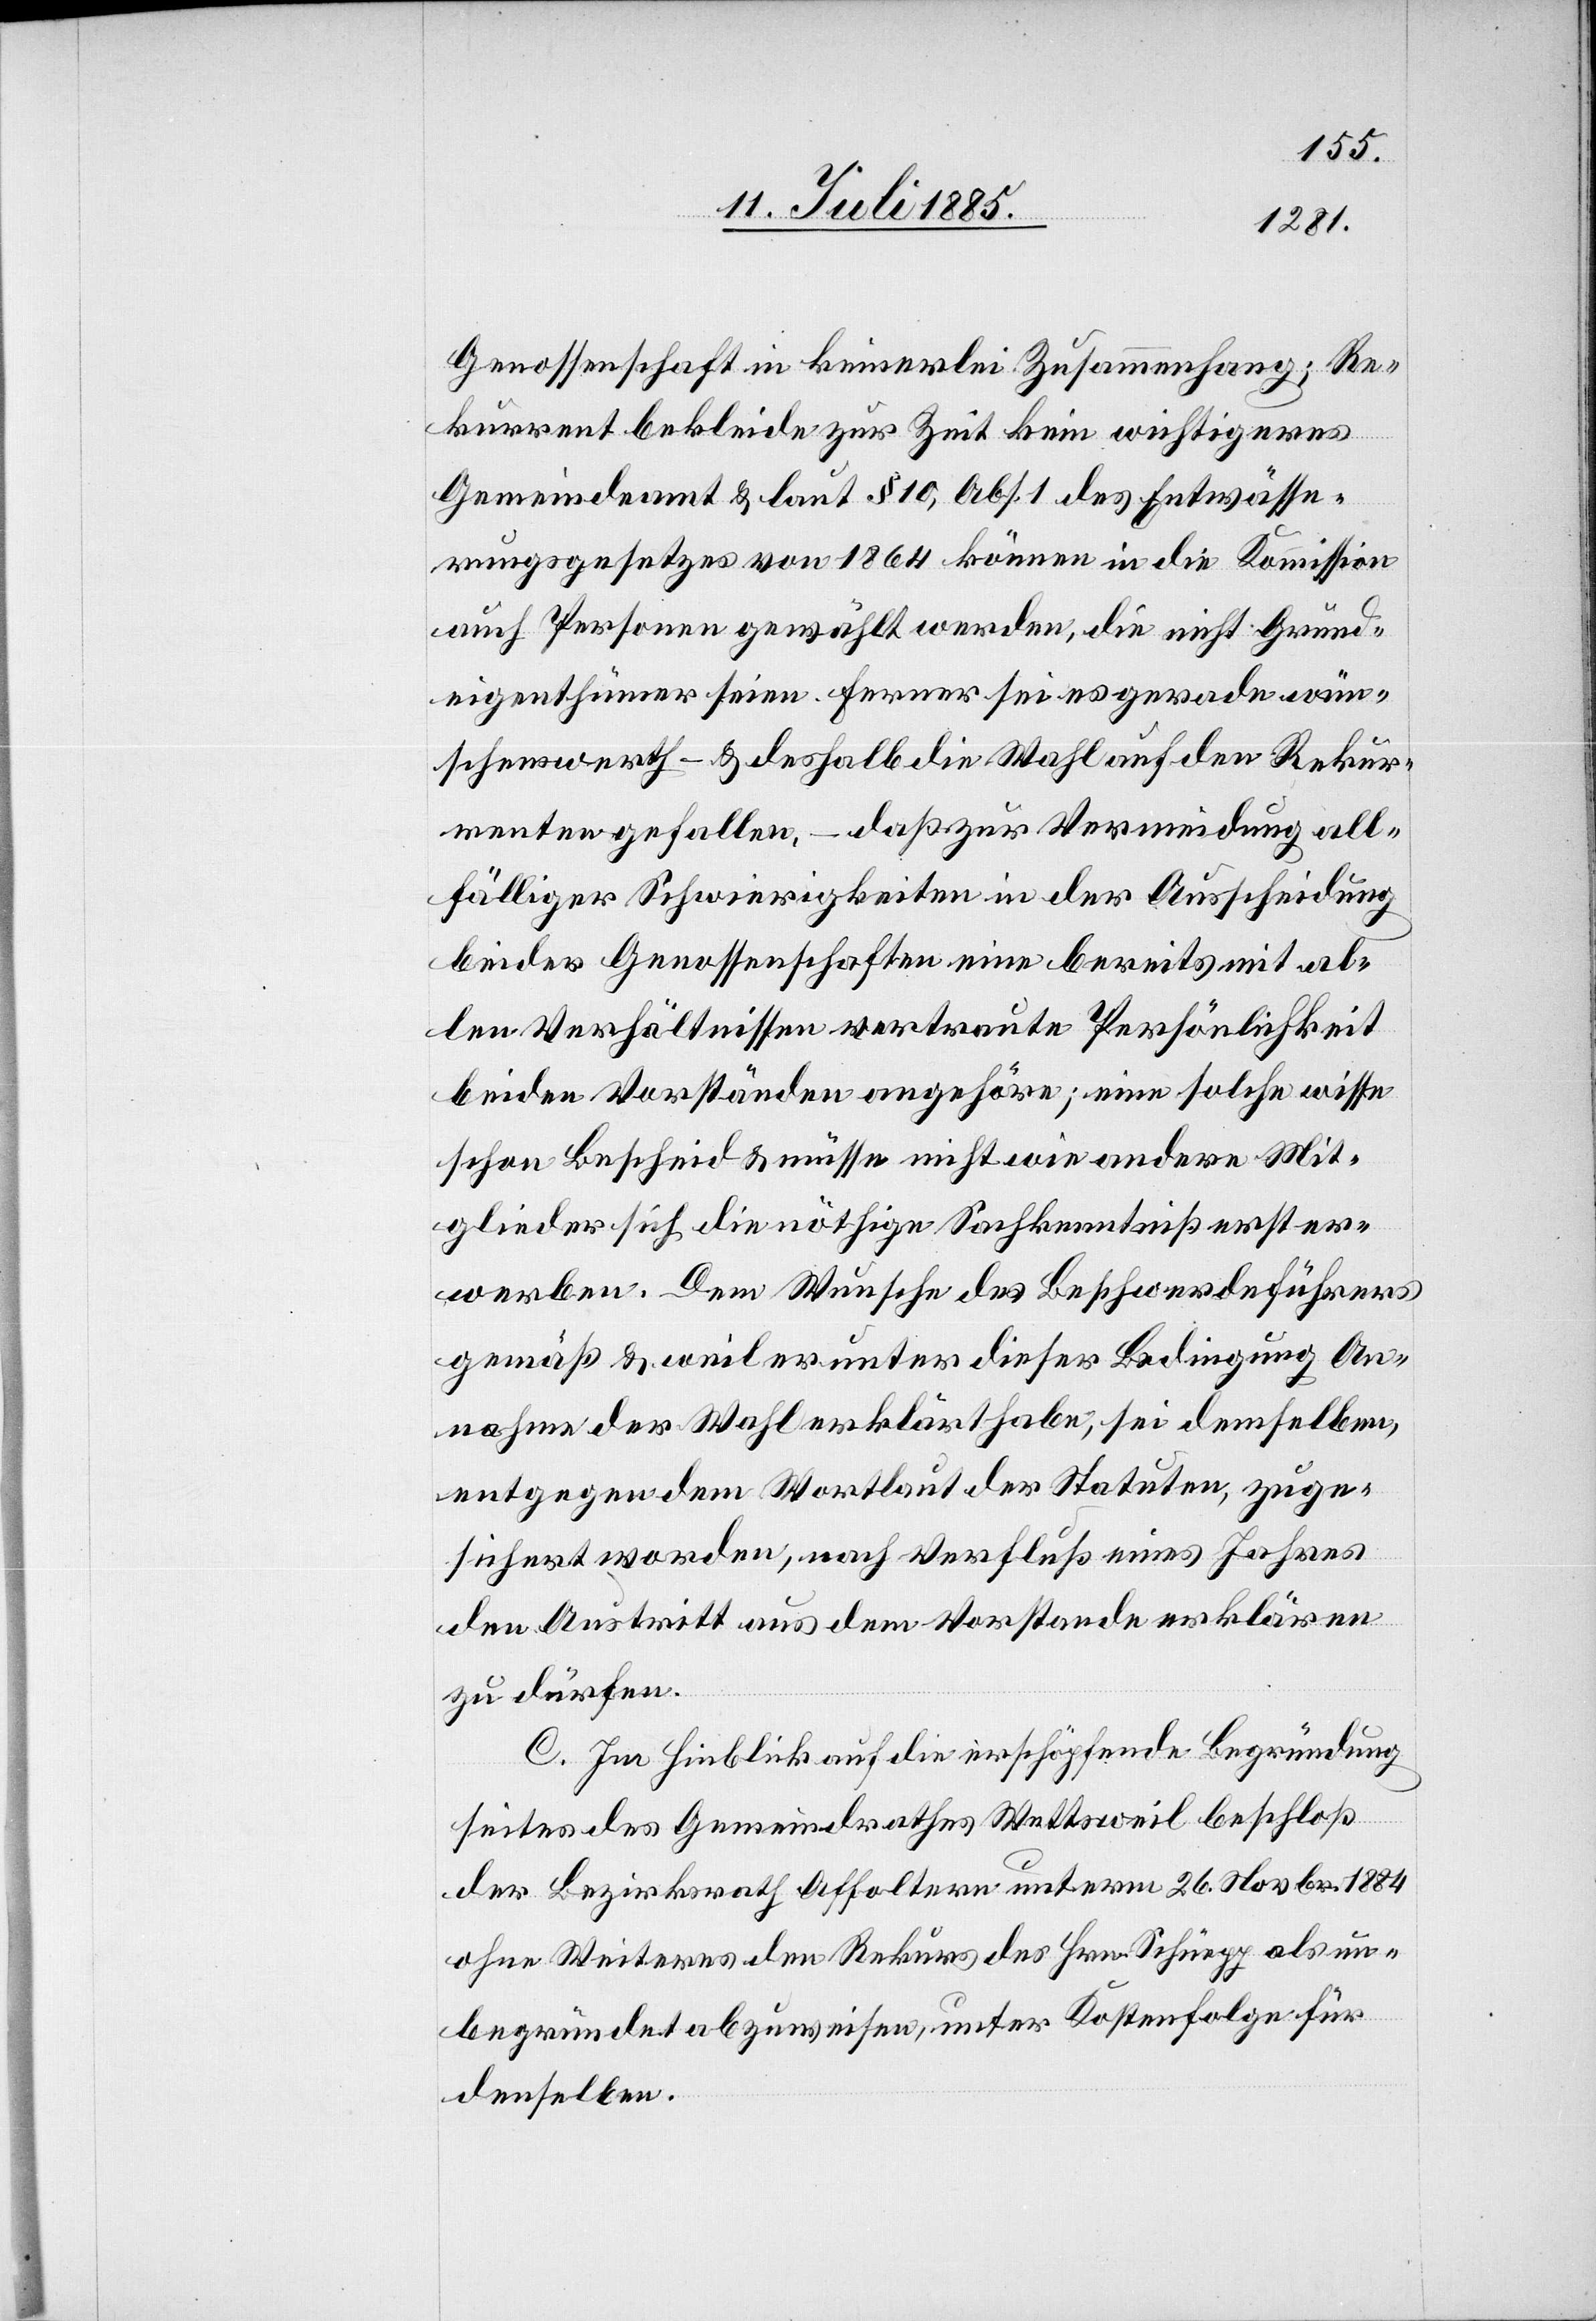
Genossenschaft in keinerlei Zusammenhang; Re¬
kurrent bekleide zur Zeit kein wichtigeres
Gemeindeamt & laut § 10, Abs. 1 des Entwässe¬
rungsgesetzes von 1864 können in die Kommission
auch Personen gewählt werden, die nicht Grund¬
eigenthümer seien. Ferner sei es gerade wün¬
schenswerth – & deshalb die Wahl auf den Rekur¬
renten gefallen, – daß zur Verminderung all¬
fälliger Schwierigkeiten in der Ausscheidung
bieder Genossenschaften eine bereits mit al¬
len Verhältnissen vertraute Persönlichkeit
beiden Vorständen angehöre; eine solche wisse
schon Bescheid & müsse nicht wie andere Mit¬
glieder sich die nöthige Sachkenntniß erst er¬
werben. Dem Wunsche des Beschwerdeführers
gemäß & weil er unter dieser Bedingung An¬
nahme der Wahl erklärt habe, sei demselben,
entgegen dem Wortlaut der Statuten, zuge¬
sichert worden, nach Verfluß eines Jahres
den Austritt aus dem Vorstande erklären
zu dürfen.
C. Im Hinblick auf die erschöpfende Begründung
seite[n]s des Gemeindrathes Wettsweil beschloß
der Bezirksrath Affoltern unterm 26. Novbr. 1884
ohne Weiteres den Rekurs des Hrn. Schüepp als un¬
begründet abzuweisen, unter Kostenfolge für
denselben.